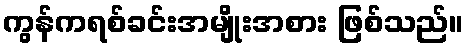
ကွန်ကရစ်ခင်းအမျိုးအစား ဖြစ်သည်။